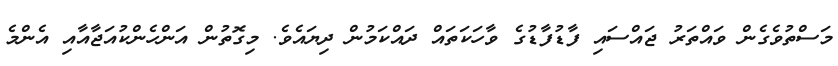
މަސްތުވެގެން ވައްތަރު ޖައްސައި ފާޑުފާޑުގެ ވާހަކަތައް ދައްކަމުން ދިޔައެވެ. މިގޮތުން އަންހެންކުއަޖާއާއި އެންމެ